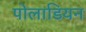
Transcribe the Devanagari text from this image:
पोलाडियन